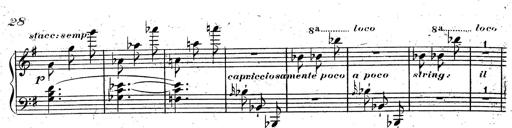
Title: Rondeau fantastique sur un thÃ¨me espagnol
Composer: Franz Liszt